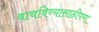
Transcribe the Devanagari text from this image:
वाचविण्यासाठीपण